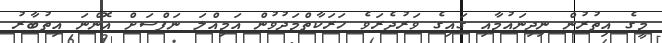
މީގެ އިތުރުން ނިދިނައުމާއި ގައިގެ ވަރުދެރަވެ ހަރަކާތްމަދުވުން އަމިއްލަ ނަފްސަށް އޮންނަ އިތުބާރު